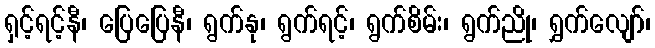
ရှင့်ရင့်နီ၊ ပြေပြေနီ၊ ရွက်နု၊ ရွက်ရင့်၊ ရွက်စိမ်း၊ ရွက်ညို၊ ရွှက်လျော်၊